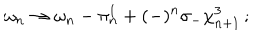
\omega _ { n } \to \omega _ { n } - \pi _ { n } ^ { 1 } + ( - ) ^ { n } \sigma _ { - } \chi _ { n + 1 } ^ { 3 } \, ;